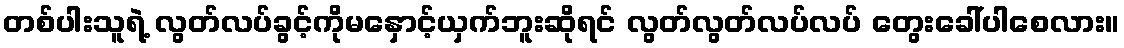
တစ်ပါးသူရဲ့ လွတ်လပ်ခွင့်ကိုမနှောင့်ယှက်ဘူးဆိုရင် လွတ်လွတ်လပ်လပ် တွေးခေါ်ပါစေလား။